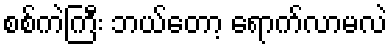
စစ်ကဲကြီး ဘယ်တော့ ရောက်လာမလဲ